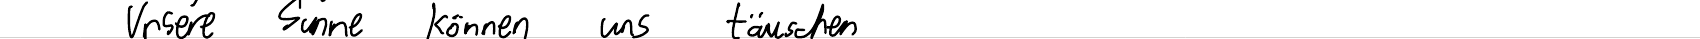
Unsere Sinne können uns täuschen